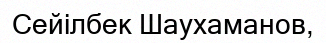
Сейілбек Шаухаманов,